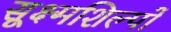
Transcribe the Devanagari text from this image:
सूक्ष्मशिल्पों